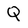
Character: Q